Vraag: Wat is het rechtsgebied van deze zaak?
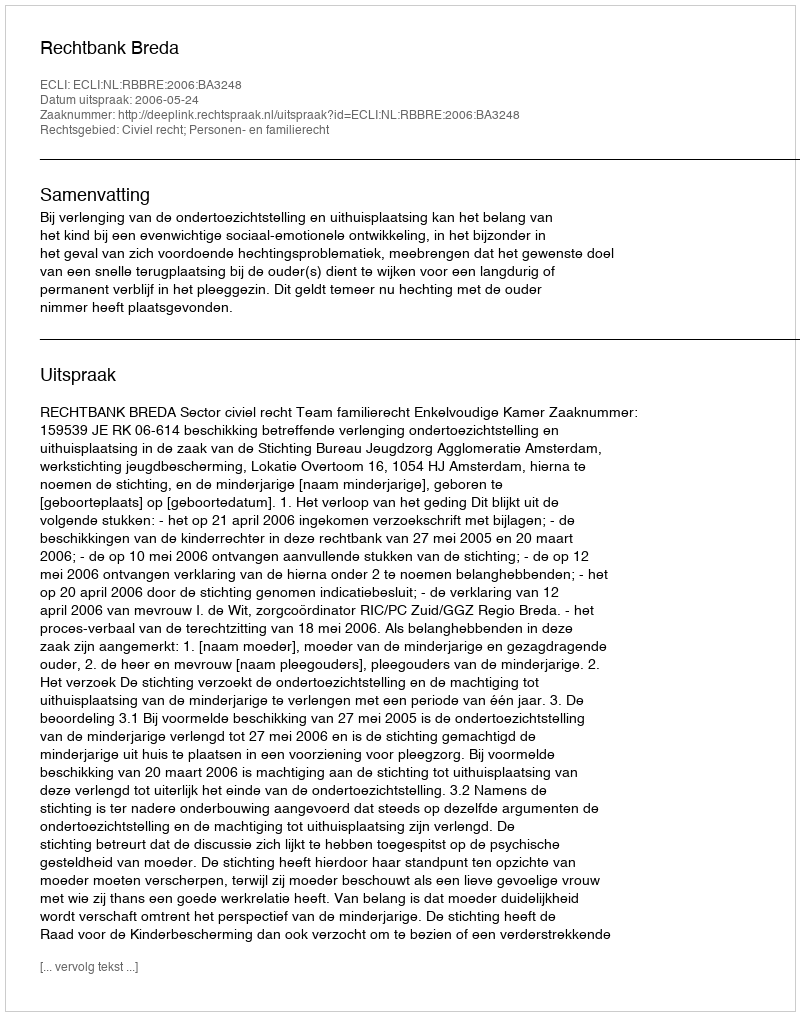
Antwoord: Civiel recht; Personen- en familierecht